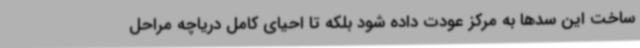
ساخت این سدها به مرکز عودت داده شود بلکه تا احیای کامل دریاچه مراحل